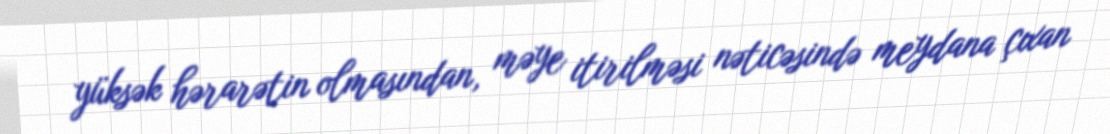
yüksək hərarətin olmasından, məye itirilməsi nəticəsində meydana çıxan